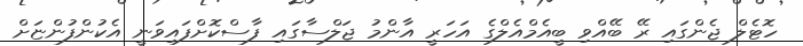
ހޮޓެލް ޖެންގައި ރޭ ބޭއްވި ބީއެމްއެލްގެ އަހަރީ އާންމު ޖަލްސާގައި ފާސްކޮށްފައިވަނީ އެކުންފުންޏަށް